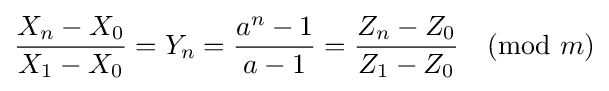
{X_{n}-X_{0} \over X_{1}-X_{0}}=Y_{n}={a^{n}-1 \over a-1}={Z_{n}-Z_{0} \over Z_{1}-Z_{0}}{\pmod {m}}